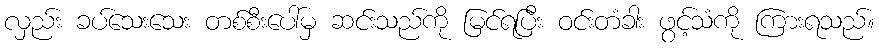
လှည်း ခပ်သေးသေး တစ်စီးပေါ်မှ ဆင်းသည်ကို မြင်ရပြီး ဝင်းတံခါး ဖွင့်သံကို ကြားရသည်။